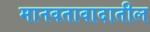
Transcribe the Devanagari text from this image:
मानवतावादातील